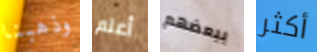
وذهبنا أعلم ببعضهم أكثر